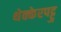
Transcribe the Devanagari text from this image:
थेक्केरपट्टु